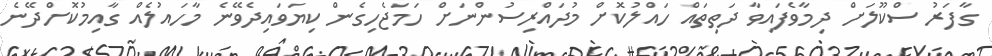
ގާފަރު ސްކޫލަށް ދިމާވެފައިވާ ދަތިތައް ހައްލުކޮށް މުދައްރިސުންނަށް ހަމަޖެހިގެން ކިޔަވައިދެވޭނެ މާހައުލެއް ގާއިމުކޮށްދޭނެ